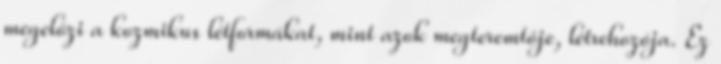
megelőzi a kozmikus létformákat, mint azok megteremtője, létrehozója. Ez